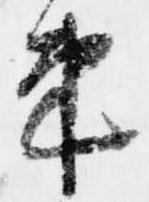
束